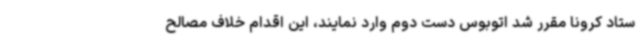
ستاد کرونا مقرر شد اتوبوس دست دوم وارد نمایند، این اقدام خلاف مصالح